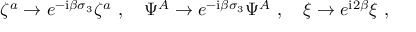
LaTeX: \zeta ^ { a } \rightarrow e ^ { - \mathrm { i } \beta \sigma _ { 3 } } \zeta ^ { a } \ , \quad \Psi ^ { A } \rightarrow e ^ { - \mathrm { i } \beta \sigma _ { 3 } } \Psi ^ { A } \ , \quad \xi \rightarrow e ^ { \mathrm { i } 2 \beta } \xi \ ,